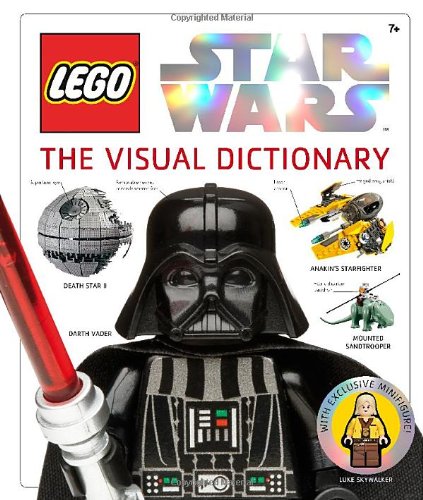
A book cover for LEGO Star Wars: The Visual Dictionary; Simon Beecroft; Crafts, Hobbies & Home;